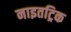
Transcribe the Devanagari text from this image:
नाइतट्रिक